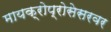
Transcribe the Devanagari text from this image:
मायक्रोप्रोसेसरवर